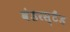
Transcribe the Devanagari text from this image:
वंडरस्टैंड